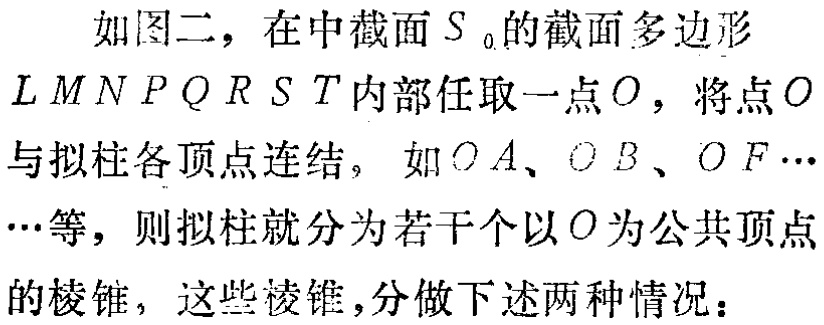
如图二，在中截面\(S_{0}\)的截面多边形\(LMNPQRST\)内部任取一点\(O\)，将点\(O\)与拟柱各顶点连结，如\(OA\)、\(OB\)、\(OF\cdots\)等，则拟柱就分为若干个以\(O\)为公共顶点的棱锥，这些棱锥，分做下述两种情况：